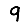
Digit: 9